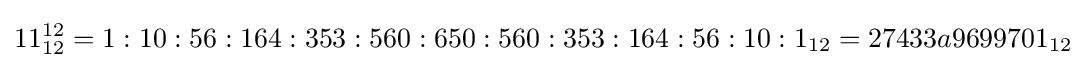
11_{12}^{12}=1:10:56:164:353:560:650:560:353:164:56:10:1_{12}=27433a9699701_{12}